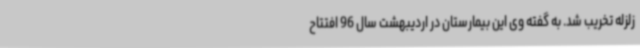
زلزله تخریب شد. به گفته وی این بیمارستان در اردیبهشت سال 96 افتتاح